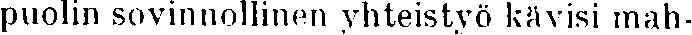
puolin sovinnollinen yhteistyö kävisi mah-